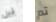
قبل تم